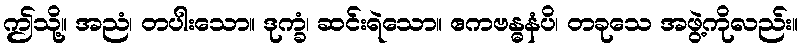
ဤသို့။ အညံ၊ တပါးသော။ ဒုက္ခံ၊ ဆင်းရဲသော။ ဧကဗန္ဓနံပိ၊ တခုသေ အဖွဲ့ကိုလည်း။